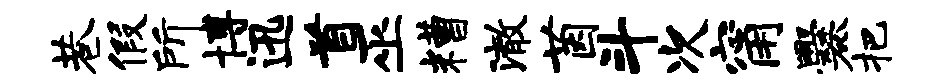
巷假所博迅首巫糟澈茵斗次甯爨把